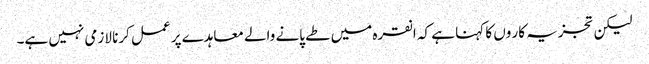
لیکن تجزیہ کار وں کا کہنا ہے کہ انقرہ میں طے پانے والے معاہدے پر عمل کرنا لازمی نہیں ہے۔